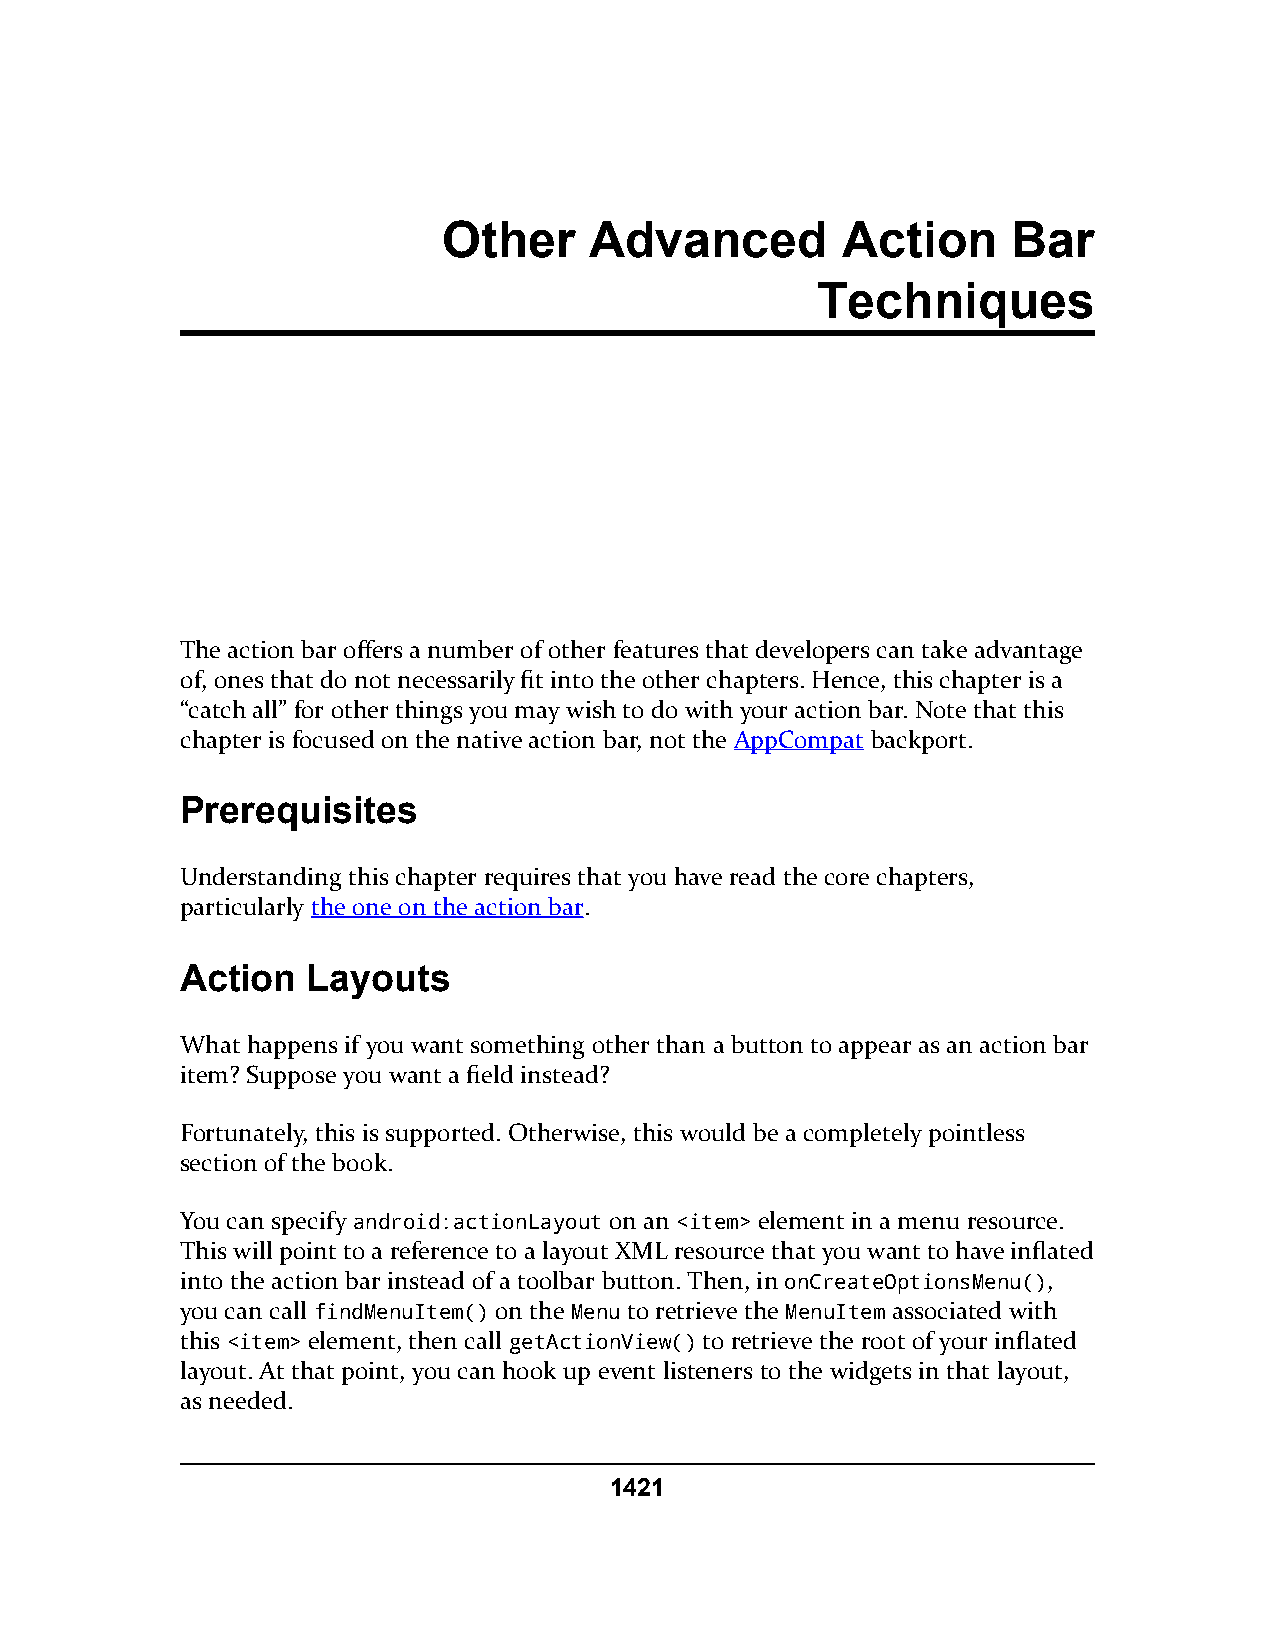
Other     Advanced         Action     Bar
 Techniques
 The action bar offers a number of other features that developers can take advantage
 of, ones that do not necessarily fit into the other chapters. Hence, this chapter is a
 “catch all” for other things you may wish to do with your action bar. Note that this
 chapter is focused on the native action bar, not the AppCompat backport.
 Prerequisites
 Understanding this chapter requires that you have read the core chapters,
 particularly the one on the action bar.
 Action  Layouts
 What happens if you want something other than a button to appear as an action bar
 item? Suppose you want a field instead?
 Fortunately, this is supported. Otherwise, this would be a completely pointless
 section of the book.
 You can specify android:actionLayout on an <item> element in a menu resource.
 This will point to a reference to a layout XML resource that you want to have inflated
 into the action bar instead of a toolbar button. Then, in onCreateOptionsMenu(),
 you can call findMenuItem() on the Menu to retrieve the MenuItem associated with
 this <item> element, then call getActionView() to retrieve the root of your inflated
 layout. At that point, you can hook up event listeners to the widgets in that layout,
 as needed.
 1421